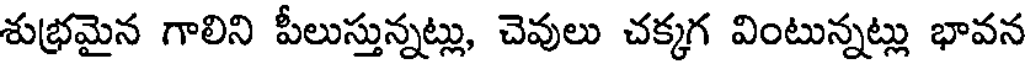
శుభ్రమైన గాలిని పీలుస్తున్నట్లు, చెవులు చక్కగ వింటున్నట్లు భావన